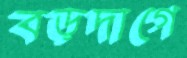
বড়দাগে